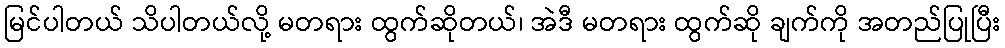
မြင်ပါတယ် သိပါတယ်လို့ မတရား ထွက်ဆိုတယ်၊ အဲဒီ မတရား ထွက်ဆို ချက်ကို အတည်ပြုပြီး